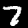
Label: 7